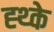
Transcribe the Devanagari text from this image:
ह्थ्के